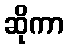
ဆိုကာ